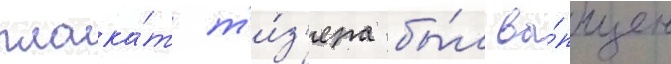
плака́т т'и́з'ера бы́л вы́пущен